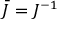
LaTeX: { \bar { J } } = J ^ { - 1 }